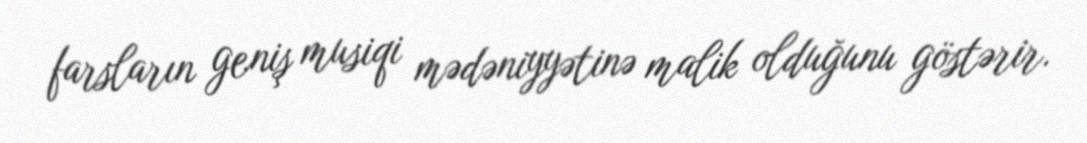
farsların geniş musiqi mədəniyyətinə malik olduğunu göstərir.